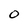
Character: O